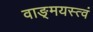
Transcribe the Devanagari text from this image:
वाङ्‌मयस्त्वं